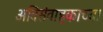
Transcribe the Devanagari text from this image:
अतिसंवाहकाच्या